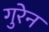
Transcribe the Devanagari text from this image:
गुरेन